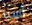
آسيا